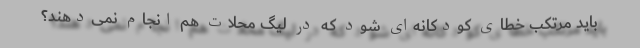
باید مرتکب خطای کودکانه‌ای شود که در لیگ محلات هم انجام نمی‌دهند؟